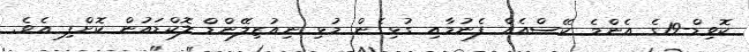
ކޮވިޑް-19ގެ އެންމެ ކޭސްއެއް ފެނުމާއި ގުޅިގެން މުޅި ނިއުޒިލޭންޑް ލޮކްޑައުން ކޮށްފި އެވެ.